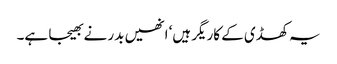
یہ کھڈی کے کاریگر ہیں‘ انھیں بدر نے بھیجا ہے۔